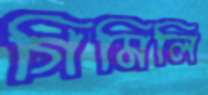
গিমিলি